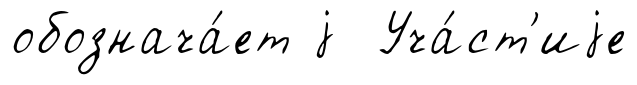
обознача́ет j Уча́ст'иjе